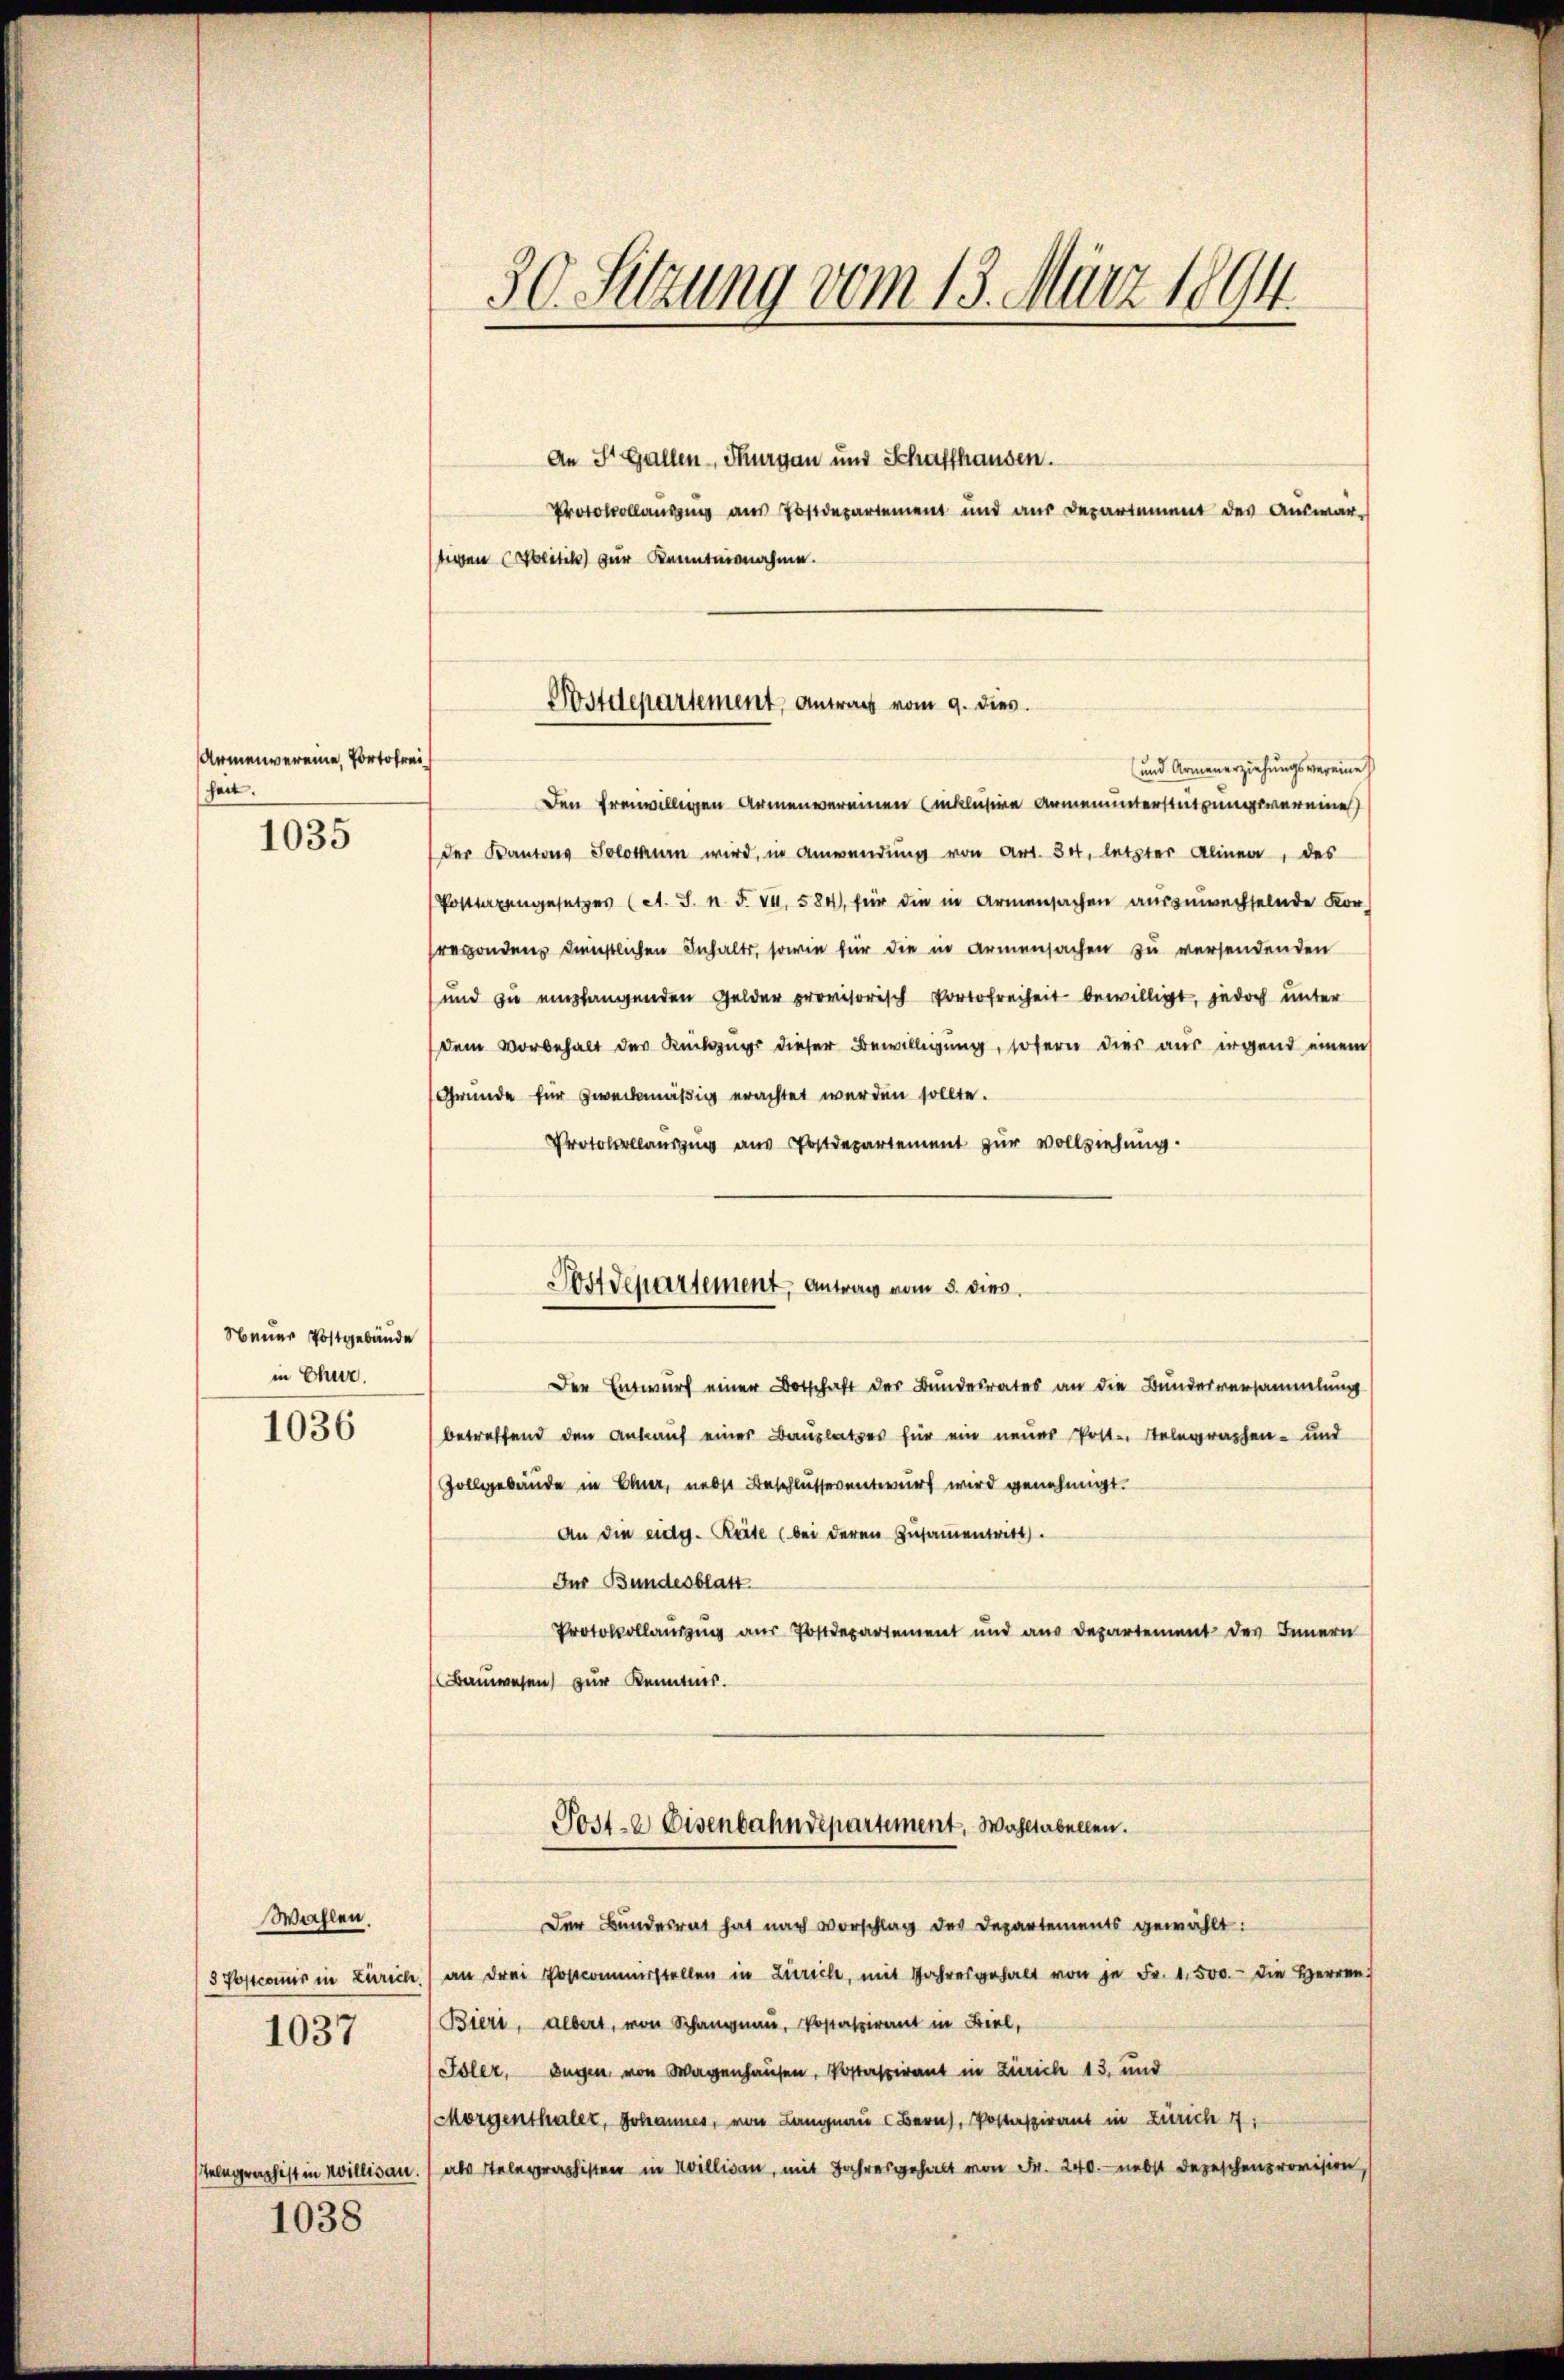
Armenvereine, Portofreiheit.

1035

Neuer Postgebäude
in Chur.

1036

Wahlen.
5 Postcomis in Zürich.
1037

Telegraphist in Willisau.

1038

30. Sitzung vom 13. März 1894.

An St. Gallen Thurgau und Schaffhausen.
Protokollausung aus Postdepartement und aus Departement des Auswar-
tigen Molitik zur Kenntnisnahme.
und Armenerziehungsvereine
den freiwilligen Armenvereinen Einklusive Anmenunterstützungsvereine
der Kantons Solothurn wird, in Anwendung von Art. 30, letzter Alinea, des
Posttagengesetzes (A. S. n. F. VI, 584, für die in Armensachen auszuwechselnde Kon-
vesonden dienstlichen Inhalts, sowie für die in Armensachen zu versendenden
und zu empfangenden Gelder provisorisch Portofreiheit bewilligt, jedoch unter
dem Vorbehalt der Rückzugs dieser Bewilligung, sofern dies aus irgend einem
Gründe für zweckmäßig erachtet werden sollte.
Protocolauszug aus Postdepartement zur Vollziehung
Der Entwurf einer Botschaft der Bundesrates an die Bundesversammlung
betreffend den Ankauf einer Bauplatzes für ein neuer Post. Stelegraphen- und
Gollgebäude in Eler, nebst Beschlussesentwurf wird genehmigt.
An die eidg. Reite (bei deren Zusamentritt.
Für Bundesblatt.
Protokollaŭszŭg aŭs Postdepartement und aus Departement des Innern
Bauwesen zur Kenntnis.
Post- & Eisenbahndepartement. Wohltabellen.
Der Bundesrat hat nach Vorschlag des Departements gewählt:
an drei Postcommisstellen in Zürich, mit Jahresgehalt von je Fr. 1.500.- die Herren
Bieri, albert, von Schangnau, Postaspirant in Biel,
Toler, Segen von Wagenhausen, Postaspirant in Zürich 13, und
Morgenthaler, Johannes, von Langnau Bern, Postaspirant in Zürich 4,
als Telegraphisten in Willigen, mit Jahresgehalt von Fr. 240. nebst Depeschenprovision,

Wostdepartement, Antrag vom 9. dies

Postdepartement, Antrag vom 5. dies